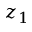
z _ { 1 }